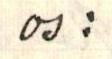
os: